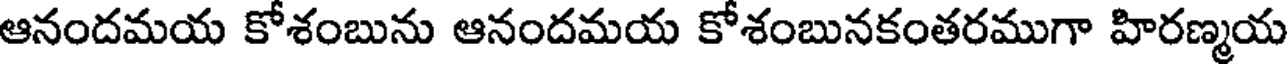
ఆనందమయ కోశంబును ఆనందమయ కోశంబునకంతరముగా హిరణ్మయ